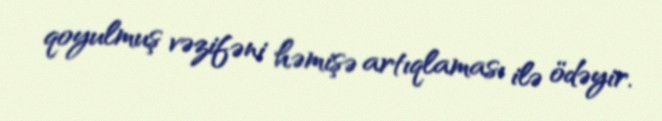
qoyulmuş vəzifəni həmişə artıqlaması ilə ödəyir.